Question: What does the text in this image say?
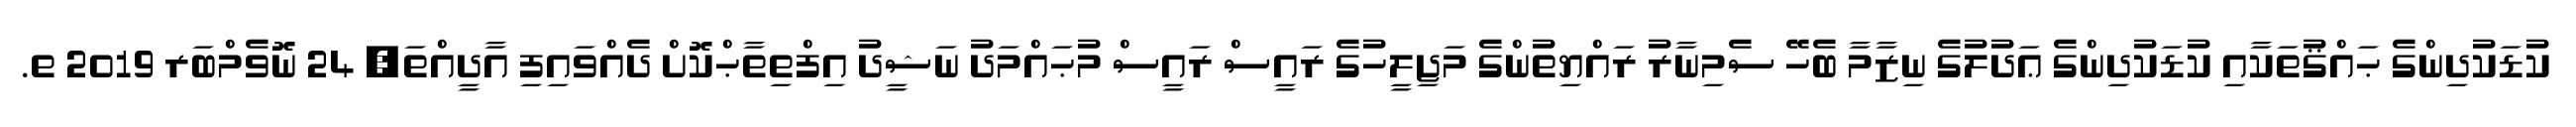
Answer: ކުޑަކުދިންގެ ޙައްޤުތަކާއި ކުޑަކުދިންގެ ޢަދުލުގެ ނިޒާމާ ބެހޭ ސެމިނާރު ރައްޔިތުންގެ މަޖިލީހުގެ ރައީސް ރައީސް މުޙައްމަދު ނަޝީދު އިފްތިތާޙްކޮށް ދެއްވައިފި އާދީއްތަ, 24 ނޮވެމްބަރ 2019 ތ.